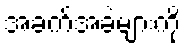
အခက်အခဲများကို